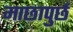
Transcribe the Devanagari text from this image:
माछापुर्छ